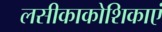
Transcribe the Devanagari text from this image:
लसीकाकोशिकाएं